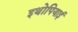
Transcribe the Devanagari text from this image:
इथोपियाई